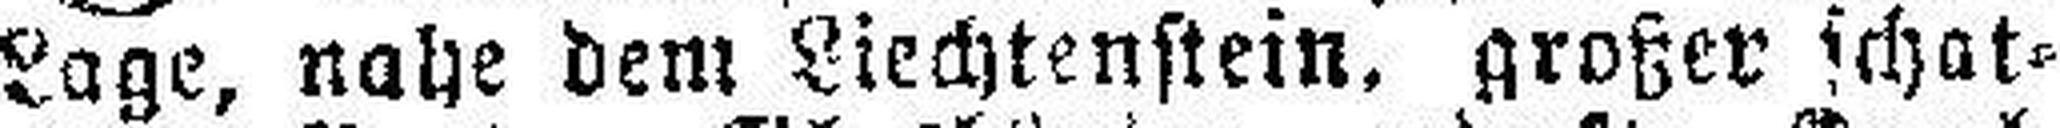
Lage, nahe dem Liechtenstein, großer schat¬